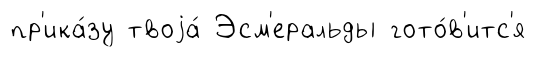
пр'ика́зу твоjа́ Эсм'еральды гото́в'итс'я